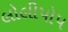
લોલીપોપ